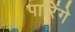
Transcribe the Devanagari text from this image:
पारिंगे